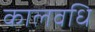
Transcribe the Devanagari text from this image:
कालवधि